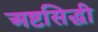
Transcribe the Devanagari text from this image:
अष्टसिद्धी